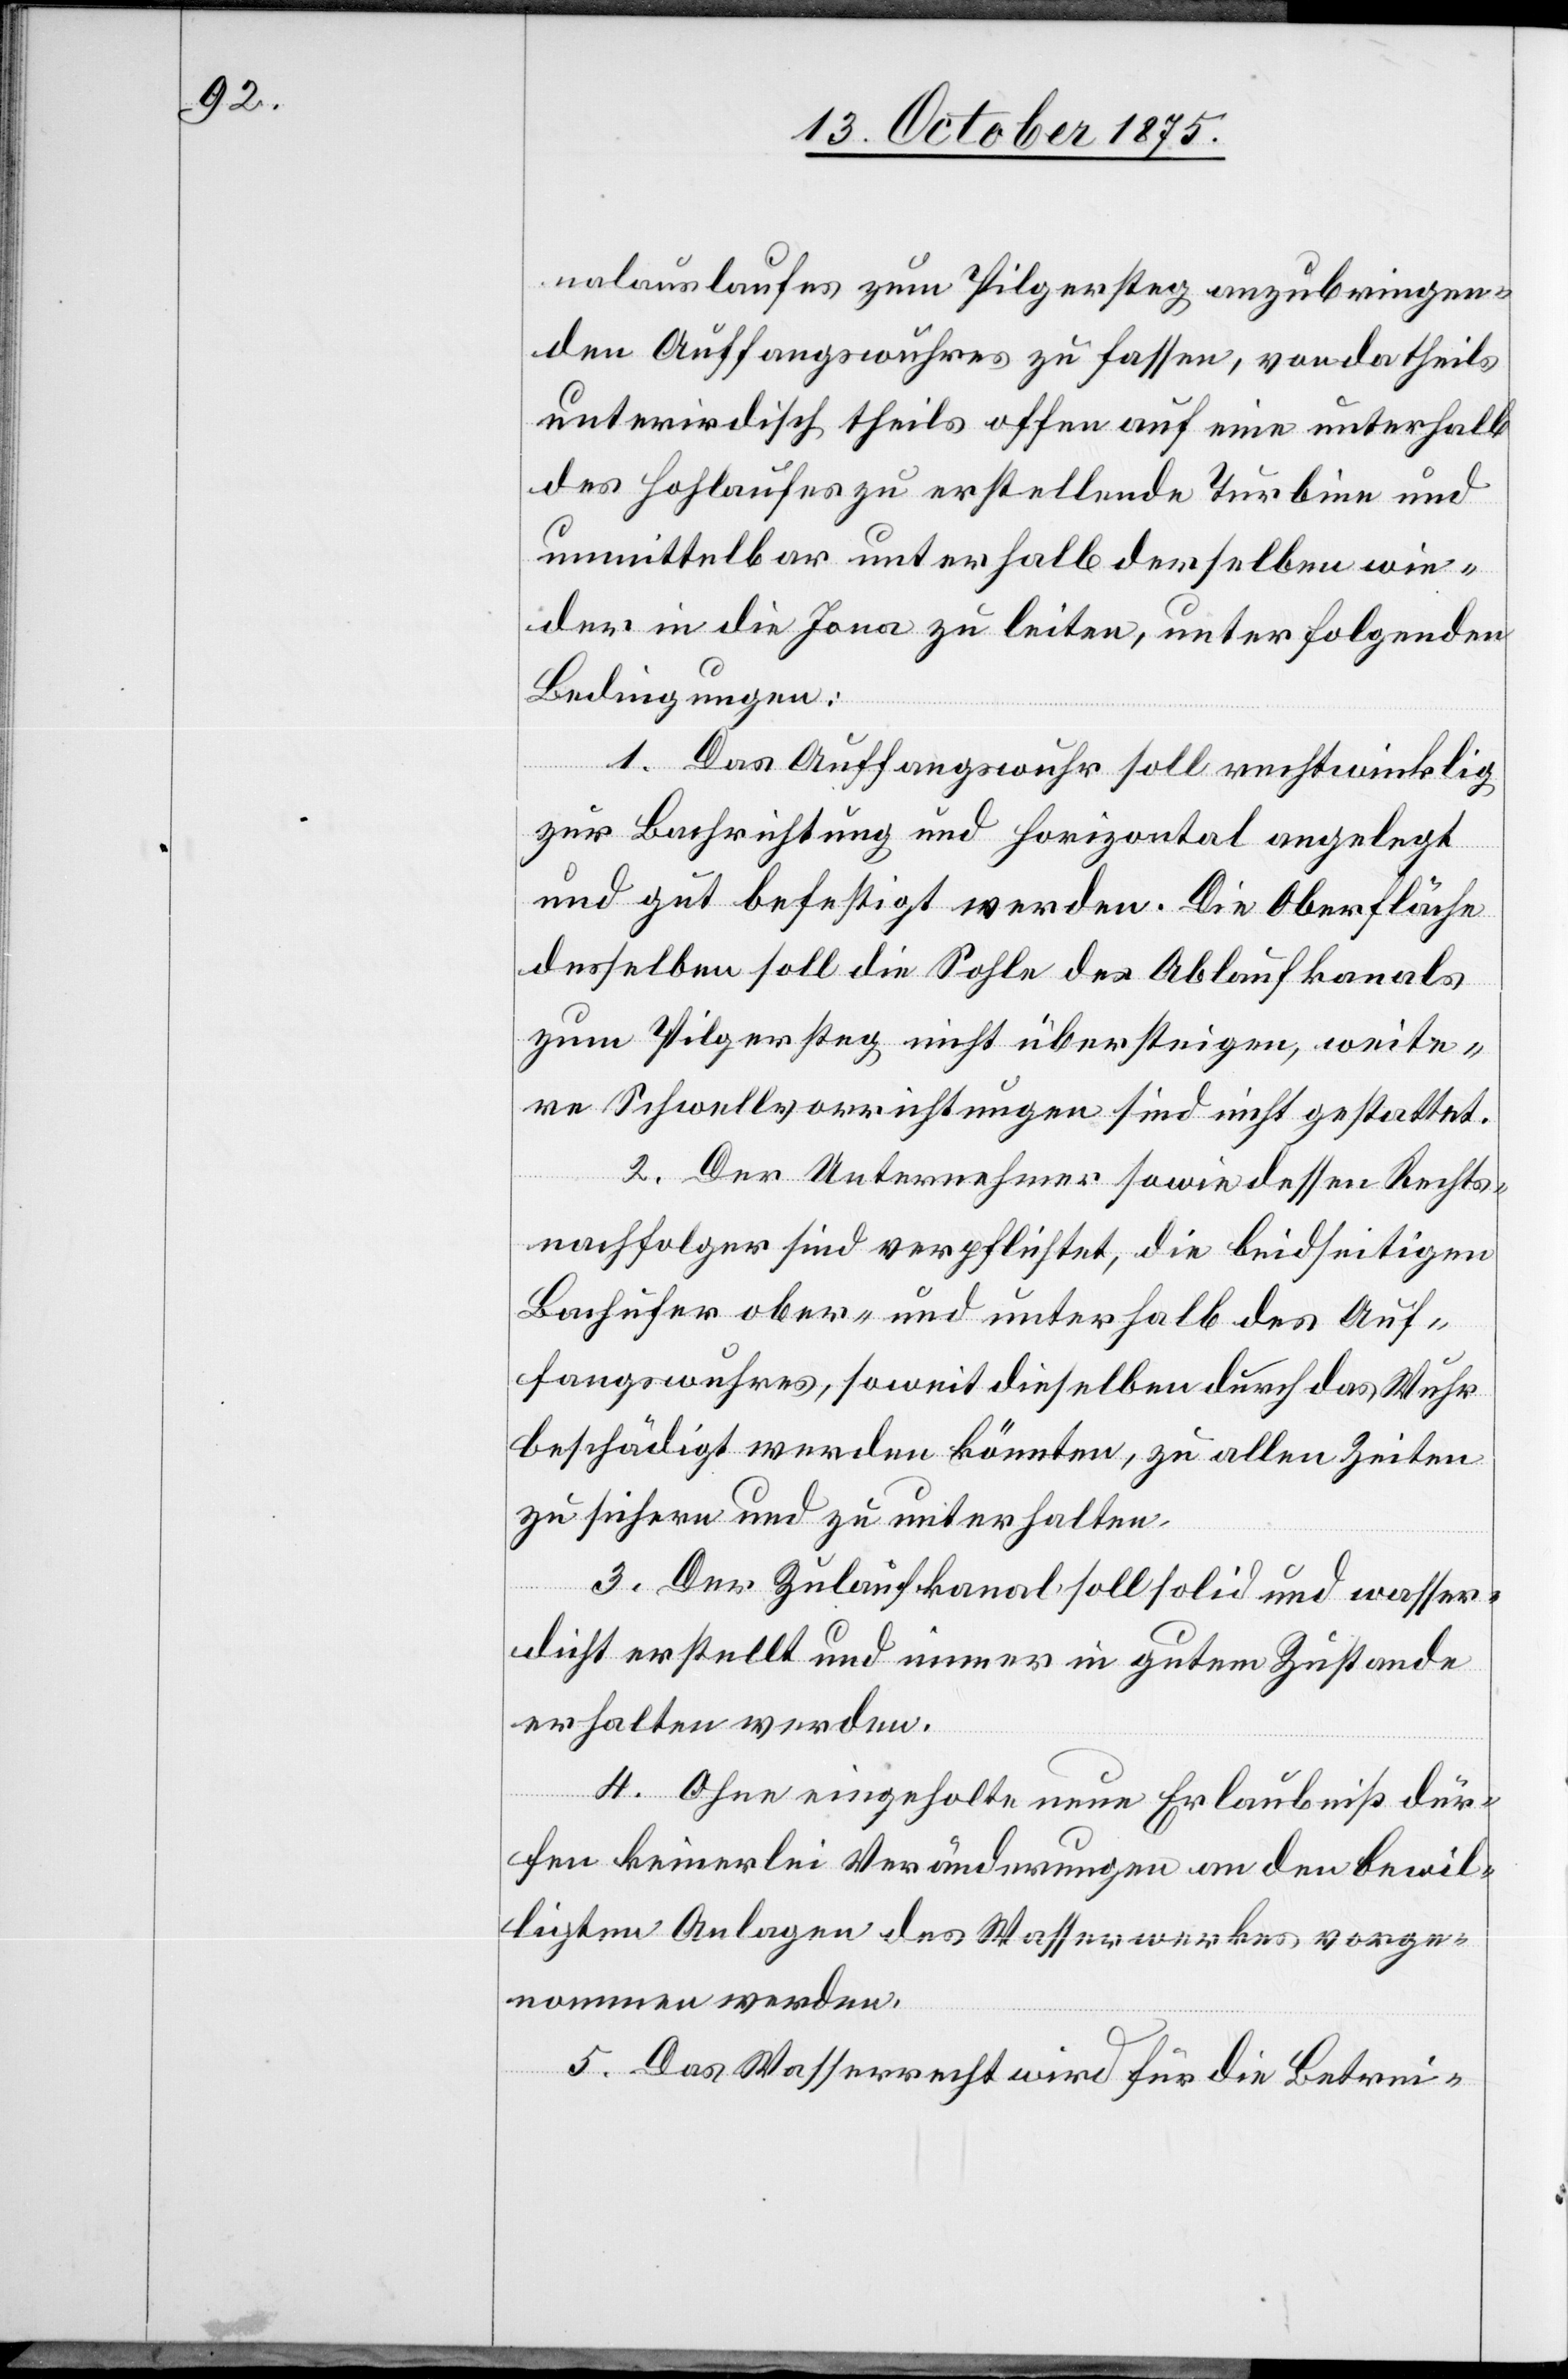
nalauslaufes zum Pilgersteg anzubringen¬
den Auffangswuhres zu fassen, von da theils
unterirdisch theils offen auf eine unterhalb
des Hohlaufes zu erstellende Turbine und
unmittelbar unterhalb derselben wie¬
der in die Jona zu leiten, unter folgenden
Bedingungen:
1. Das Auffangswuhr soll rechtwinklig
zur Bachrichtung und horizontal angelegt
und gut befestigt werden. Die Oberfläche
desselben soll die Sohle des Ablaufkanals
zum Pilgersteg nicht übersteigen, weite¬
re Schwellvorrichtungen sind nicht gestattet.
2. Der Unternehmer sowie dessen Rechts¬
nachfolger sind verpflichtet, die beidseitigen
Bachufer ober- und unterhalb des Auf¬
fangswuhres, soweit dieselben durch das Wuhr
beschädigt werden könnten, zu allen Zeiten
zu sichern und zu unterhalten.
3. Der Zulaufkanal soll solid und wasser¬
dicht erstellt und immer in gutem Zustande
erhalten werden.
4. Ohne eingeholte neue Erlaubniß dür¬
fen keinerlei Veränderungen an den bewil¬
ligten Anlagen des Wasserwerkes vorge¬
nommen werden.
5. Das Wasserrecht wird für die Betrei-